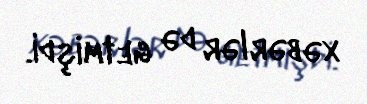
xəbərlər də getmişdi.